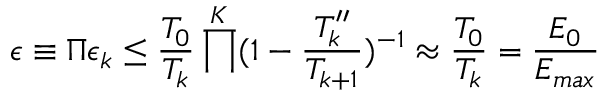
\epsilon \equiv \Pi \epsilon _ { k } \leq \frac { T _ { 0 } } { T _ { k } } \prod ^ { K } ( 1 - \frac { T _ { k } ^ { \prime \prime } } { T _ { k + 1 } } ) ^ { - 1 } \approx \frac { T _ { 0 } } { T _ { k } } = \frac { E _ { 0 } } { E _ { m a x } }